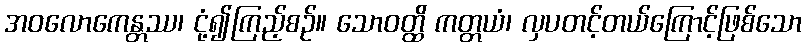
အဝလောကေန္တဿ၊ ငုံ့၍ကြည့်စဉ်။ သောဝတ္ထိ ကတ္တယံ၊ လှပတင့်တယ်ကြောင့်ဖြစ်သော